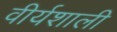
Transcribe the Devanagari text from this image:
वीर्यशाली